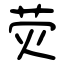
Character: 荧